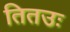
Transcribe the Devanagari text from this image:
तितउः